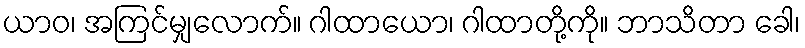
ယာဝ၊ အကြင်မျှလောက်။ ဂါထာယော၊ ဂါထာတို့ကို။ ဘာသိတာ ခေါ၊